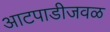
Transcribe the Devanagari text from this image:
आटपाडीजवळ